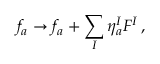
f _ { a } \rightarrow f _ { a } + \sum _ { I } \eta _ { a } ^ { I } F ^ { I } \, ,